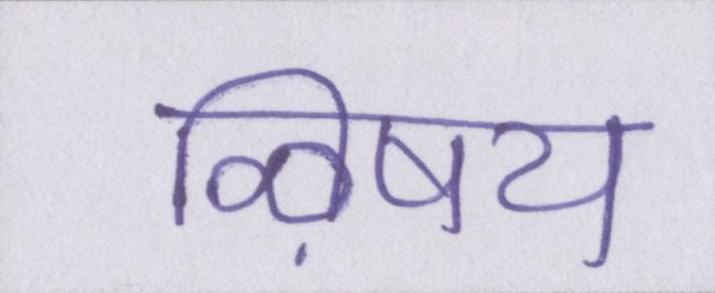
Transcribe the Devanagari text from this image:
ऴिषय